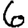
Digit: 6